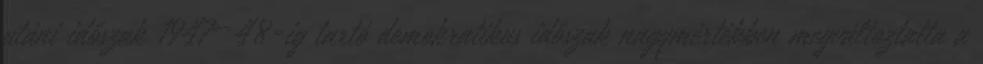
utáni időszak 1947—48-ig tartó demokratikus időszak nagymértékben megváltoztatta a